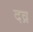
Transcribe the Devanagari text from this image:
दव्र